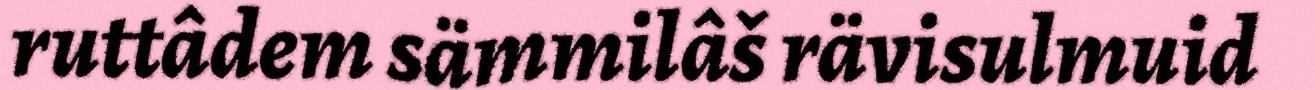
ruttâdem sämmilâš rävisulmuid